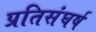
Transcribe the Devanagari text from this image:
प्रतिसंघर्ष